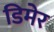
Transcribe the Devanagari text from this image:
डिमेर